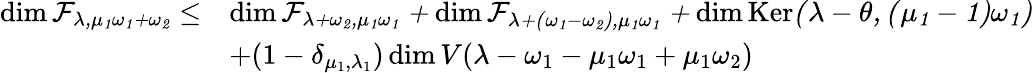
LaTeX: \begin{array}{rl}{\dim\cal F_{\lambda,\mu_{1}\omega_{1}+\omega_{2}}\leq}&{\dim\cal F_{\lambda+\omega_{2},\mu_{1}\omega_{1}}+\dim\cal F_{\lambda+(\omega_{1}-\omega_{2}),\mu_{1}\omega_{1}}+\dim\operatorname{Ker}(\lambda-\theta,(\mu_{1}-1)\omega_{1})}\\ &{+(1-\delta_{\mu_{1},\lambda_{1}})\dim V(\lambda-\omega_{1}-\mu_{1}\omega_{1}+\mu_{1}\omega_{2})}\end{array}